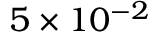
5 \times 1 0 ^ { - 2 }